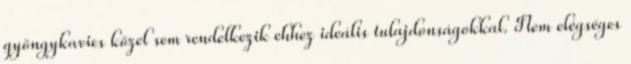
gyöngykavics közel sem rendelkezik ehhez ideális tulajdonságokkal. Nem elégséges